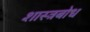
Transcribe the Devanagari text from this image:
शास्त्रबोध